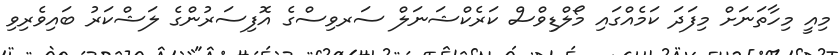
މިއީ މިހާތަނަށް މިފަދަ ކަމެއްގައި މޯލްޑިވްސް ކަރެކްޝަނަލް ސަރވިސްގެ އޮފިސަރުންގެ ލަޝްކަރު ބައިވެރިވި